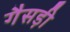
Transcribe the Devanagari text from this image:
गैसड़ी